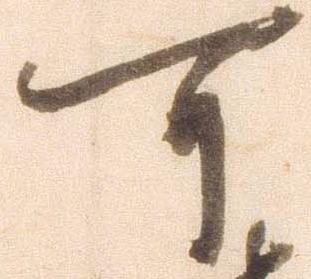
可